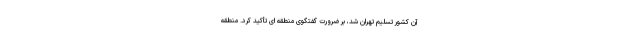
آن کشور تسلیم تهران شد، بر ضرورت گفتگوی منطقه ای تأکید کرد. منطقه